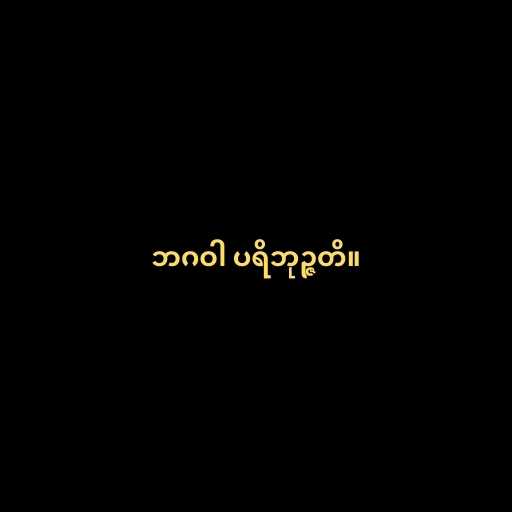
ဘဂဝါ ပရိဘုဉ္ဇတိ။